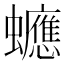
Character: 𧕄